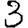
Digit: 3